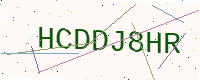
Text: HCDDJ8HR